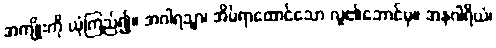
အကျိုးကို ယုံကြည်၍။ အဂါရသ္မာ၊ အိမ်ရာထောင်သော လူ၏ဘောင်မှ။ အနဂါရိယံ၊